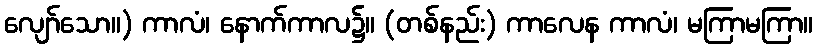
လျော်သော။) ကာလံ၊ နောက်ကာလ၌။ (တစ်နည်း) ကာလေန ကာလံ၊ မကြာမကြာ။